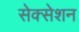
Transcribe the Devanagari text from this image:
सेक्सेशन